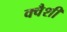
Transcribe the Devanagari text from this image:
क्वैशी